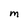
Character: m